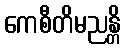
ကေစီတိမညန္တိ